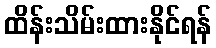
ထိန်းသိမ်းထားနိုင်ရန်